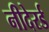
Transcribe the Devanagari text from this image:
नीदेरर्ड